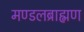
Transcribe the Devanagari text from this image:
मण्डलब्राह्मण